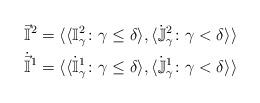
LaTeX: \begin{align*}\vec{ \mathbb{I}}^2 &= \langle \langle \mathbb{I}^2_{\gamma} \colon \gamma \leq \delta \rangle, \langle \dot{\mathbb{J}}^2_{\gamma} \colon \gamma < \delta \rangle \rangle \\\dot{\vec{\mathbb{I}}}^1 &= \langle \langle \dot{\mathbb{I}}^1_{\gamma} \colon \gamma \leq \delta \rangle, \langle \dot{\mathbb{J}}^1_{\gamma} \colon \gamma < \delta \rangle \rangle \end{align*}